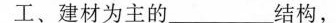
工、建材为主的___结构，